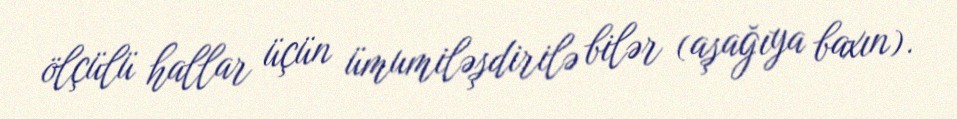
ölçülü hallar üçün ümumiləşdirilə bilər (aşağıya baxın).